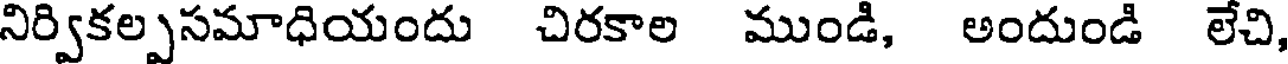
నిర్వికల్పసమాధియందు చిరకాల ముండి, అందుండి లేచి,